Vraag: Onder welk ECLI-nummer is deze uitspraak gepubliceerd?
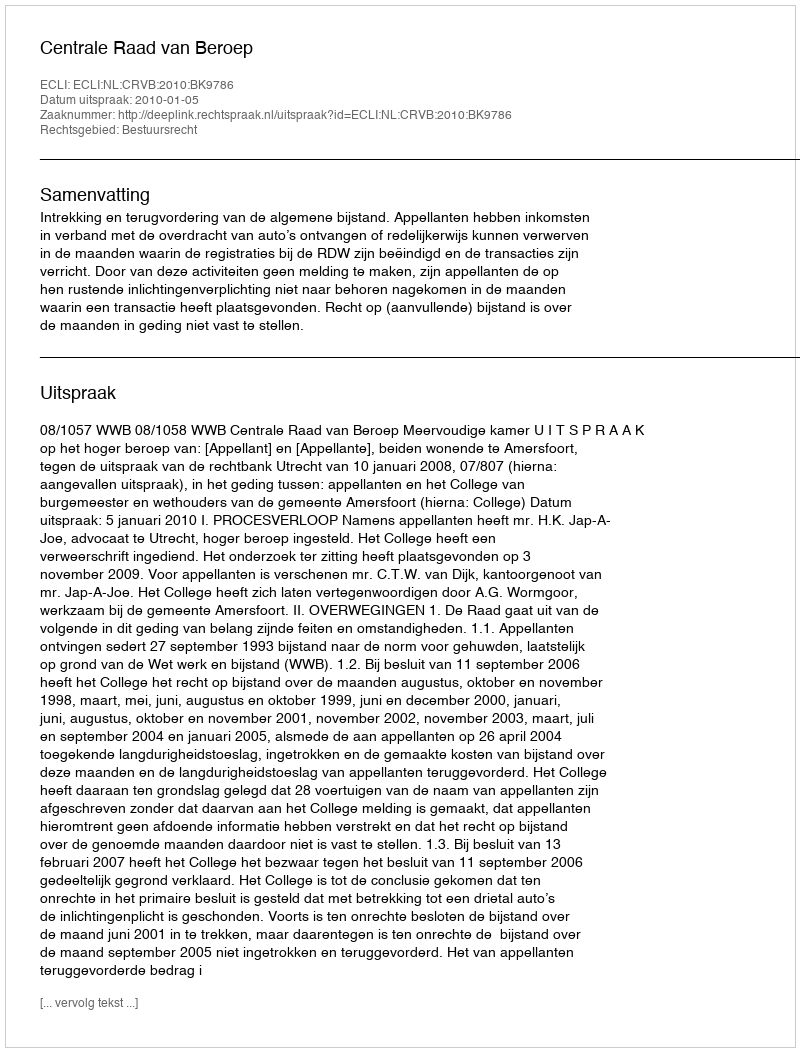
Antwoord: ECLI:NL:CRVB:2010:BK9786